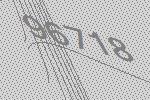
96718